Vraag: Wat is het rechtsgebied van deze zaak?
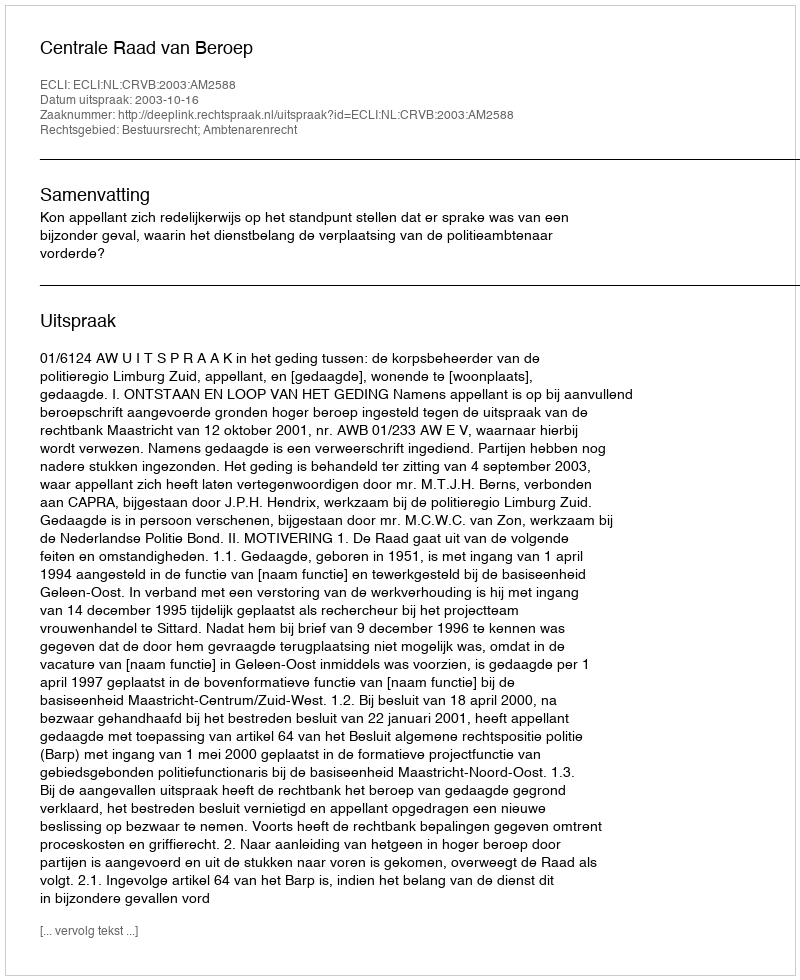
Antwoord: Bestuursrecht; Ambtenarenrecht